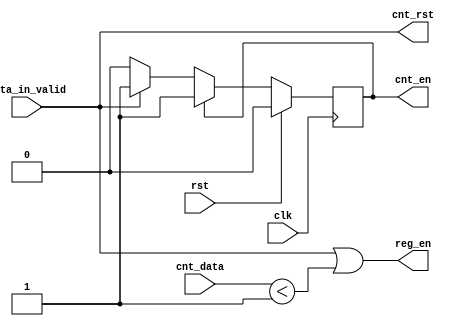
`timescale 1ns / 1ps

//compute p**q, where q=4


module control (
		//top interface
	input 	    clk,
	input 	    rst,
	input 	    data_in_valid,
		//counter interface
	input [1:0] cnt_data,
	output 	    cnt_rst, cnt_en,
		//register interface
	output 	    reg_en
);




//state vars
   reg   state, state_nxt;

   //state register
   always @ (posedge clk) begin
      if(rst)
	state <= 1'b0;
      else
	state <= state_nxt;
   end

   //state transition
   always @* begin
      //defaults

      state_nxt = state;

      case (state)
	1'b0: //Init
	  if(data_in_valid)
	    state_nxt = 1'b1;
	default:;//Accumulate
      endcase
   end

   //counter management
   assign cnt_rst = data_in_valid;
   assign cnt_en = (state != 1'b0);

   //register management
   assign reg_en = data_in_valid | (cnt_data < 2'd1);//cfoi mudado o limite do enable dos registos


endmodule